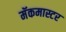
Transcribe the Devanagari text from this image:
मॅकमास्टर